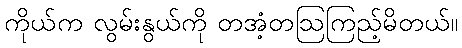
ကိုယ်က လွမ်းနွယ်ကို တအံ့တဩကြည့်မိတယ်။